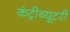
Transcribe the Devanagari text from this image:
कंट्रीब्यूटरी